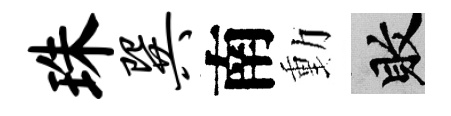
珠巽南動敗